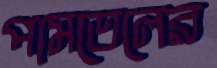
পামতেলের